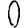
Digit: 0